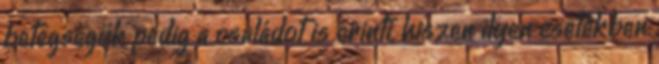
betegségük pedig a családot is érinti, hiszen ilyen esetekben